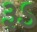
રૂડ